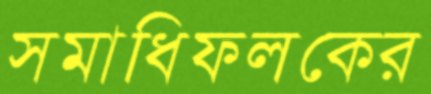
সমাধিফলকের